Vital statistics of India. Vol. IV, Annual returns from 1871 to 1876. British Army of India, Native Army and jails of Bengal
Year: 1871
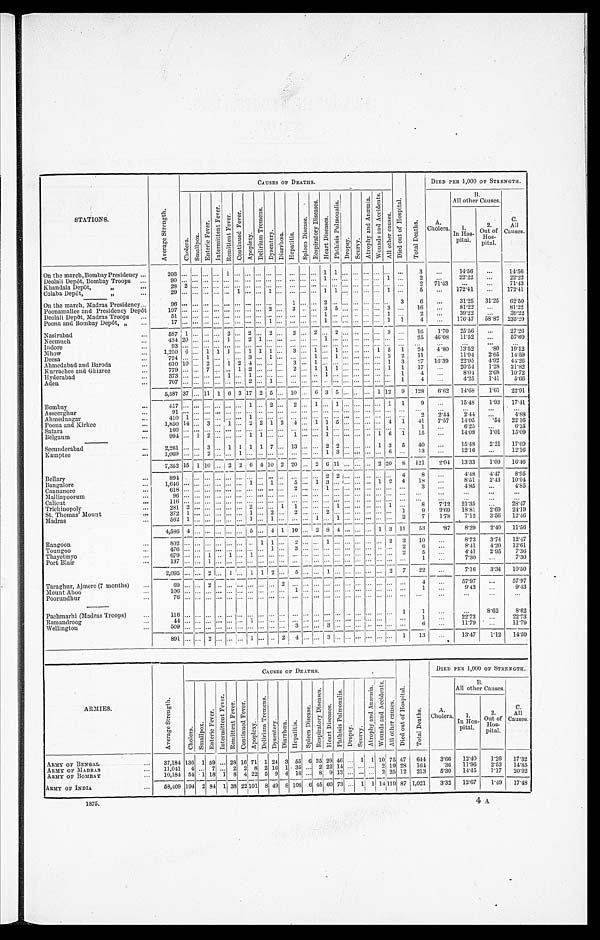
STATIONS.
A v e r a g e S t r e n g t h .
C A U S E S O F D E A T H S .
D i e d o u t o f H o s p i t a l .
T o t a l D e a t h s .
DIED PER 1,000 OF STRENGTH.
C h o l e r a .
S m a l l p o x .
E n t e r i c F e v e r .
I n t e r m i t t e n t .
R e m i t t e n t F e v e r . C o n t i n u e d F e v e r .
A p o p l e x y .
D e l i r i u m T r e m e n s .
D y s e n t e r y . D i a r r g œ a . H e p a t i t i s .
S p l e e n D i s e a s e .
R e s p i r a t o r y D i s e a s e s .
H e a r t D i s e a s e s . P h t h i s i s P u l m o n a l i s .
D r o p s y . S c u r v y .
A t r o p h y a n d A n æ m i a . W o u n d s a n d A c c i d e n t s .
A l l o t h e r C a u s e s .
A.
Cholera.
B . A l l o t h e r C a u s e s .
--
C . .
Al l
Causes.
1. I n H o s -
pital.
2.
Out of
Hos- • '
pital.
On the march, Bombay Presidency
2 0 6
1
1 1
3
14.56
14.56
Deolali Depôt, Bombay Troops
9 0
1
1
2
22.22
22.2,
Khandala Depôt, „
28 2
2 71.43
71.43
Colaba Depôt, „
2 9
1
1
1 1
... 1
5
172.41
172.41
On the march, Madras Presidency
9 6
1
2
3 6
31.25 31.25 62.50
Poonamallee and Presidency Depôt
1 9 7
2 3
35
3
16
81.22
81.22
Deolali Depôt, Madras Troops
5 1
1
1
2
39.23
39.22
Poona and Bombay Depôt, „
1 7
1
1
1 1 4
176.47 58.'82 235.29
Nasirabad
5 8 7
1
2 2 2
2 2
3
16 1.70 25.56
27.26
Neemuch
4 3 4
20
1 2 1
1
2 5
46.08
1 1 . 5 2
57.60
Indore
9 3
Mhow
1,250 6 1 1 1 1 1 1
3 1 1
1 5 1 24 4.80
1 3 . 5 2 2.65 19.12
Deesa
7 5 4
1
3 1
1 1
22 1 1
11.94
2 . 6 5 14.59
Ahmedabad and Baroda
610 10 2 1 2 4
3 1
1 3
2 7
1 6 . 3 9
2 2 . 9 5 4.92 44.26
Kurrachee and Ghizree
779
7
1 2
2 1 1 . 1
1 1 17
20.54 1.28 21.82
Hyderabad
3 7 3
1 1
1
1
4
8.04 2.68 10.72
Aden
7 0 7
2 1
1 4
4.25 1.41 5.66
5,587 37
1 1 1 6 3 17 2 5 10 6 3 5
112 9 128
6 . 6 2 14.68 1.61 22.91
Bombay
5 1 7
1 2
2 1 1
1 1
9 15.48 1.93 17.41
Asseerghur
9 1
Ahmednagar
4 1 0
1
1
2
2 . 4 4
2 . 4 4
4 . 8 8
Poona and Kirkee
1,850 14 3 1 2 2 1 2 4 1 1 5
4 1 41 7.57 14.05
. 5 4 22.16
Satara
1 6 0
1
1
6.25
6.25
Belgaum
9 9 4 1 2
1 1
1
1
16 1 1 5
14.08 1.01 15.09
Secunderabad
2,261
3 1 1 1 1 7 13
2 2
1 3 5 40
15.48 2.21 17.69
Kamptee
1 , 0 6 9
2
1
1 3
6
1 3
12.16
12.16
7,352
15 1 1 0
2 2 6 4 10 2 20 2 6 11
2 20 8 121 2.04 13.33 1.09 16.46
Bellary
8 9 4
2 2
4 8
4.48 4.47 8.95
Bangalore
1 , 6 4 6
1 1
5 1 3
12 4 1 8
8.51 2.43 10.94
Cannanore
6 1 8
2
1
3
4.85
4.85
Malliapoorum
9 6
Calicut
116
Trichinopoly
281 2
2
1 1
1
1
8
7 . 1 2
2 1 . 3 5
28.47
St. Thomas' Mount
3 7 2
1
1 2
2
2
1
9 2.69
1 8 . 8 1 2.69
2 4 . 1 9
Madras
5 6 2
1
1 1
1 1
2 7 1.78 7.12 3.56 12.46
4 , 5 8 6 4
5
4 1 1 0 2 8
4
1 3 11 53
. 8 7 8.29 2.40 11.56
Rangoon
8 0 2
1 1
2
1
2 3 10
8.73 3.74 12.47
Toungoo
4 7 6
1
3
2 6
8.41 4.20 12.61
Thayetmyo
6 7 9
1
1 1
2 5
4.41 2.95 7.36
Port Blair
1 3 7
1
1
7.30
7.30
2 , 0 9 5
2
1 12 5
1
2 7 2 2
7.16 3.34 10.50
Taraghur, Ajmere (7 months)
6 9
2
2
4
5 7 . 9
57.97
Mount Aboo
1 0 6
1
1
9 . 4 3
9.43
Poorundhur
76
Pachmarhi (Madras Troops)
116
1 1
8.62 8.62
Ramandroog
4 4
1
1
2 2 . 7 3
22.73
Wellington
5 0 9
3
3
6
1 1 . 7 9
1 1 . 7 9
891
2
1
2 4
3
1 1 3
13.47 1.12 14.59
ARMIES.
A v e r a g e S t r e n g t h .
CAUSES OF DEATHS.
D i e d o u t o f H o s p i t a l .
T o t a l D e a t h s .
DIED PER 1,000 OF STRENGTH.
C h o l e r a
S m a l l p o x .
E n t e r i c F e v e r .
I n t e r m i t t e n t F e v e r .
R e m i t t e n t F e v e r .
C o n t i n u e d F e v e r .
A p o p l e x y .
D e l i r i u m T r e m e n s .
D y s e n t e r y .
D i a r r h œ a . H e p a t i t i s .
S p l e e n D i s e a s e .
R e s i p i r a t o r y D i s e a s e s .
H e a r t D i s e a s e s .
P h t h i s i s P u l m o n a l i s .
D r o p s y . S c u r v y .
A t r o p h y a n d A n æ m i a .
W o u n d s a n d A c c i d e n t s .
A l l o t h e r C a u s e s .
A.
Cholera.
B.
All other Causes.
C.
All
Causes.
In Hos-
pital.
2.
Out of
Hos-
pital.
A R M Y O F B E N G A L
37,184 136 1 59 28 16 71 1 24 3 55 6 35 29 46 1 1 10 75 47 644 3.66 12.40 1.26 17.32
ARMY OF MADRAS
11,041 4 7 2 2 8 2 16 1 35 2 22 14
2 19 28 164
. 3 6 11.96 2.53 14.85
ARMY OF BOMBAY 10,184 54 1 18 1 8 4 22 5 9 4 18 8 9 13
2 25 12 213 5.30 14.45 1.17 20.92
ARMY OF INDIA 58,409 19.4 2 84 1 38 22 101 8 49 8 108 6 45 6 73
1 1 1 4119 87 1,021 3.32 12.67
1 . 4 9 17.48
1875.
4 A